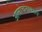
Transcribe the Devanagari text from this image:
आलोचनाकारों